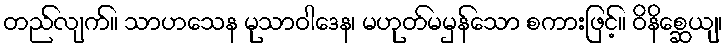
တည်လျက်။ သာဟသေန မုသာဝါဒေန၊ မဟုတ်မမှန်သော စကားဖြင့်။ ဝိနိစ္ဆေယျ၊